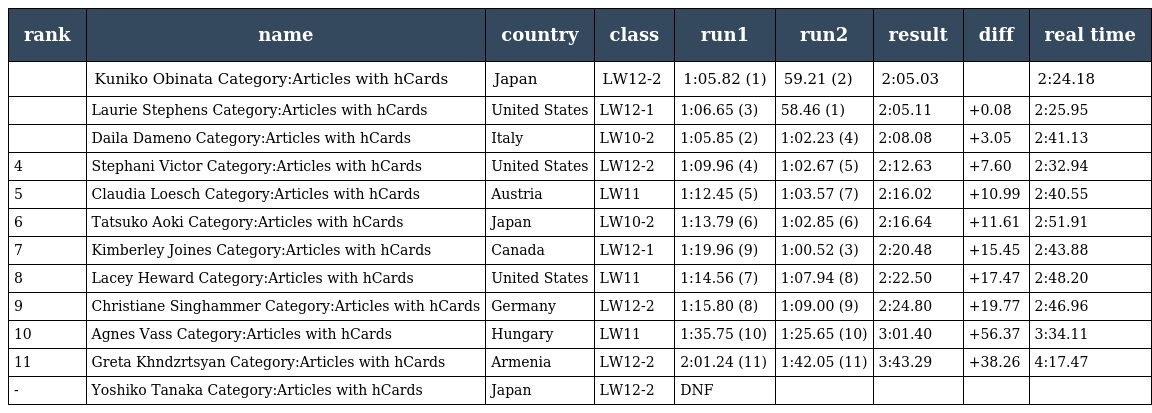
| rank | name | country | class | run1 | run2 | result | diff | real time |
 | --- | --- | --- | --- | --- | --- | --- | --- | --- |
 |  | Kuniko Obinata Category:Articles with hCards | Japan | LW12-2 | 1:05.82 (1) | 59.21 (2) | 2:05.03 |  | 2:24.18 |
 |  | Laurie Stephens Category:Articles with hCards | United States | LW12-1 | 1:06.65 (3) | 58.46 (1) | 2:05.11 | +0.08 | 2:25.95 |
 |  | Daila Dameno Category:Articles with hCards | Italy | LW10-2 | 1:05.85 (2) | 1:02.23 (4) | 2:08.08 | +3.05 | 2:41.13 |
 | 4 | Stephani Victor Category:Articles with hCards | United States | LW12-2 | 1:09.96 (4) | 1:02.67 (5) | 2:12.63 | +7.60 | 2:32.94 |
 | 5 | Claudia Loesch Category:Articles with hCards | Austria | LW11 | 1:12.45 (5) | 1:03.57 (7) | 2:16.02 | +10.99 | 2:40.55 |
 | 6 | Tatsuko Aoki Category:Articles with hCards | Japan | LW10-2 | 1:13.79 (6) | 1:02.85 (6) | 2:16.64 | +11.61 | 2:51.91 |
 | 7 | Kimberley Joines Category:Articles with hCards | Canada | LW12-1 | 1:19.96 (9) | 1:00.52 (3) | 2:20.48 | +15.45 | 2:43.88 |
 | 8 | Lacey Heward Category:Articles with hCards | United States | LW11 | 1:14.56 (7) | 1:07.94 (8) | 2:22.50 | +17.47 | 2:48.20 |
 | 9 | Christiane Singhammer Category:Articles with hCards | Germany | LW12-2 | 1:15.80 (8) | 1:09.00 (9) | 2:24.80 | +19.77 | 2:46.96 |
 | 10 | Agnes Vass Category:Articles with hCards | Hungary | LW11 | 1:35.75 (10) | 1:25.65 (10) | 3:01.40 | +56.37 | 3:34.11 |
 | 11 | Greta Khndzrtsyan Category:Articles with hCards | Armenia | LW12-2 | 2:01.24 (11) | 1:42.05 (11) | 3:43.29 | +38.26 | 4:17.47 |
 | - | Yoshiko Tanaka Category:Articles with hCards | Japan | LW12-2 | DNF |  |  |  |  |